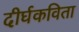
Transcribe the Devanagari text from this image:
दीर्घकविता